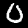
Label: 0